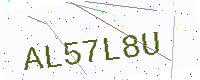
Text: AL57L8U